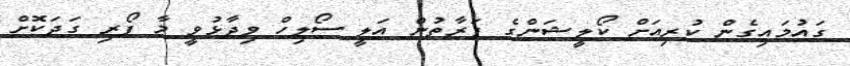
ގައުމައިގެން ކުރިއަށް ކޯލީޝަންގެ ފަރާތުން އަލީ ސޯލިހް ވިދާޅުވީ މާ ފޯރި ގަދަކޮށް